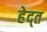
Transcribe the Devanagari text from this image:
हेद्त